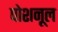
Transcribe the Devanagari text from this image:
पोशनूल